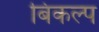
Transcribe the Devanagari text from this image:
बिकल्प